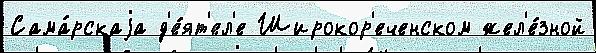
Сама́рскаjа д'е́ят'ел'е Широкор'еченском жел'е́зной